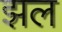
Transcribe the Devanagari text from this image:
झल